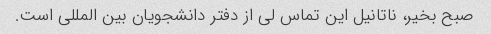
صبح بخیر، ناتانیل این تماس لی از دفتر دانشجویان بین المللی است.